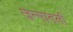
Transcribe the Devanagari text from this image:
जन्मातली